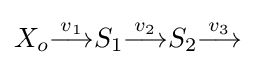
X_{o}{\stackrel {v_{1}}{\longrightarrow }}S_{1}{\stackrel {v_{2}}{\longrightarrow }}S_{2}{\stackrel {v_{3}}{\longrightarrow }}